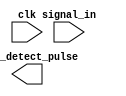
module edge_detector #(
    parameter WIDTH = 1
)(
    input clk,
    input [WIDTH-1:0] signal_in,
    output [WIDTH-1:0] edge_detect_pulse
);
    // TODO: Your code

endmodule